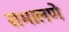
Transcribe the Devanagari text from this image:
सभालणे